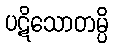
ပဋိသောတမ္ပိ